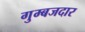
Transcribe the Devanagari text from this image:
गुम्बजदार